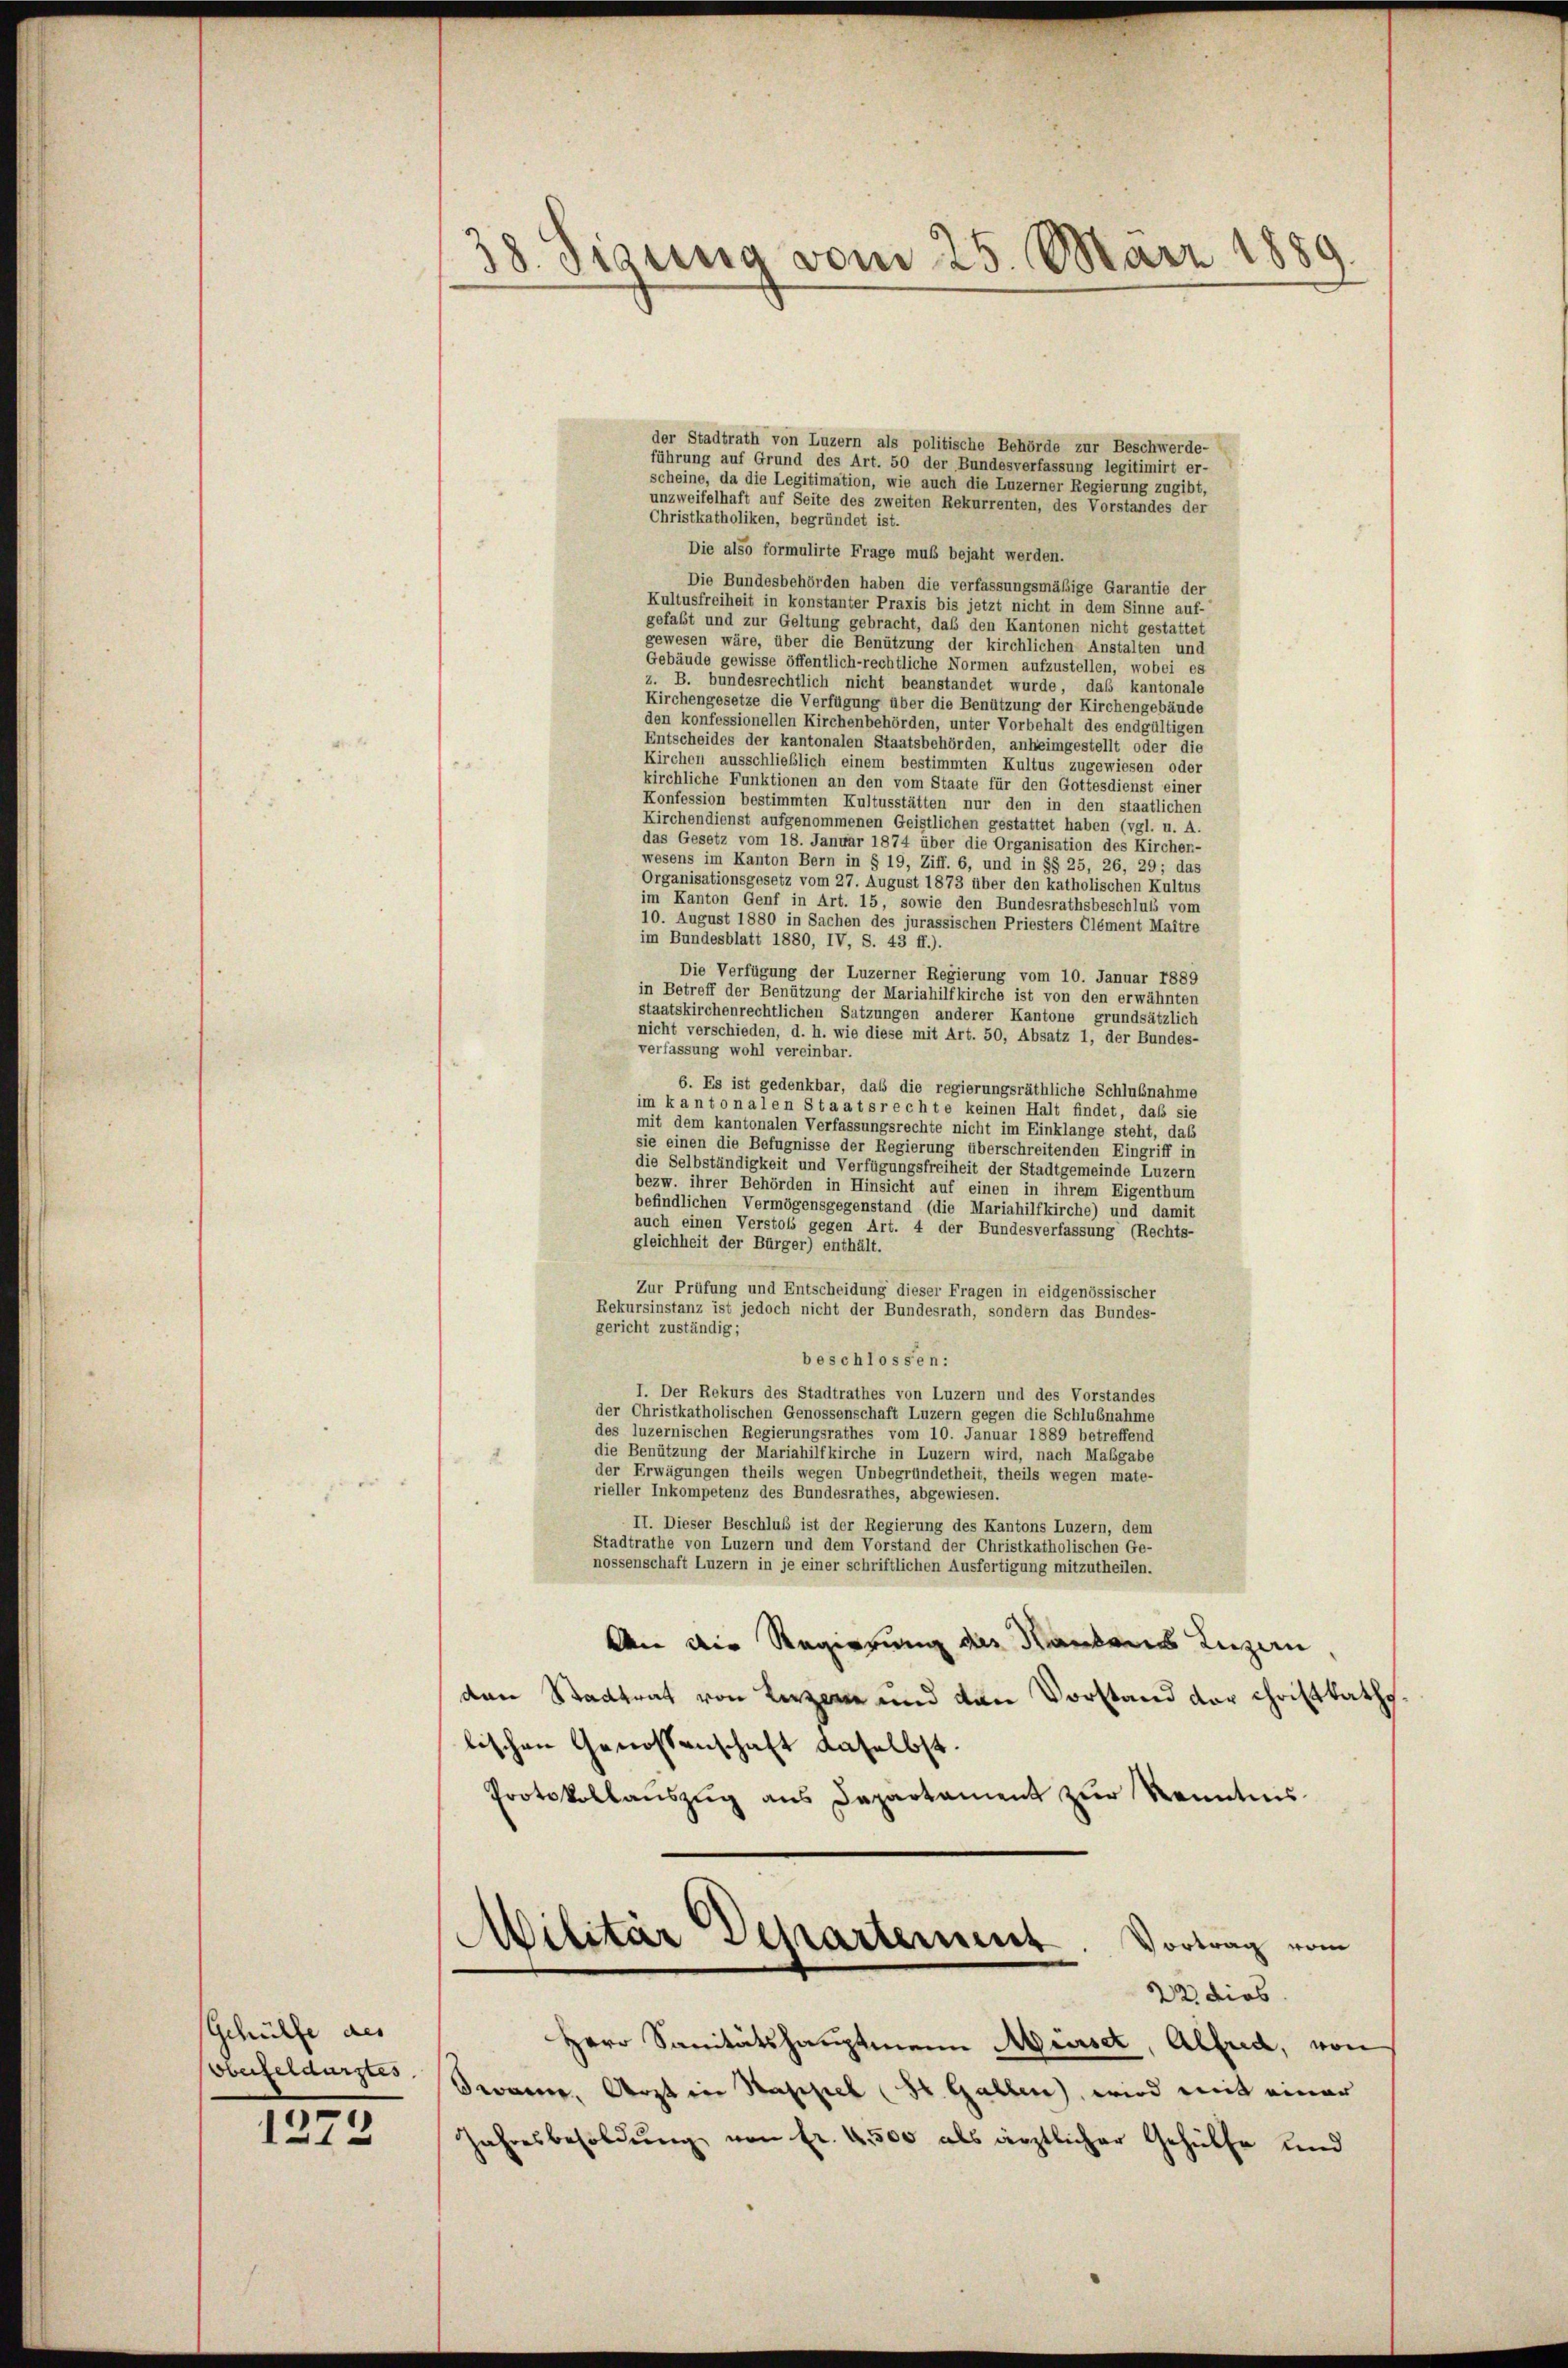
Schütte des
oberfeldarstes

1272

38. Sigung vom 25. März 1889

der Stadtrath von Luzern als politische Behörde zur Beschwerde-
führung auf Grund des Art. 50 der Bundesverfassung legitimirt er-
scheine, da die Legitimation, wie auch die Luzerner Regierung zugibt,
unzweifelhaft auf Seite des zweiten Rekurrenten, des Vorstandes der
Christkatholiken, begründet ist.
Die also formulirte Frage muß bejaht werden.
Die Bundesbehörden haben die verfassungsmäßige Garantie der
Kultusfreiheit in konstanter Praxis bis jetzt nicht in dem Sinne auf-
gefaßt und zur Geltung gebracht, daß den Kantonen nicht gestattet
gewesen wäre, über die Benützung der kirchlichen Anstalten und
Gebäude gewisse öffentlich-rechtliche Normen aufzustellen, wobei es
z. B. bundesrechtlich nicht beanstandet wurde, das kantonale
Kirchengesetze die Verfügung über die Benützung der Kirchengebäude
den konfessionellen Kirchenbehörden, unter Vorbehalt des endgültigen
Entscheides der kantonalen Staatsbehörden, anheimgestellt oder die
Kirchen ausschließlich einem bestimmten Kultus zugewiesen oder
kirchliche Funktionen an den vom Staate für den Gottesdienst einer
Konfession bestimmten Kultusstätten nur den in den staatlichen
Kirchendienst aufgenommenen Geistlichen gestattet haben (vgl. u. A.
das Gesetz vom 18. Januar 1874 über die Organisation des Kircher-
wesens im Kanton Bern in § 19, Ziff. 6, und in §§ 25, 26, 29; das
Organisationsgesetz vom 27. August 1873 über den katholischen Kultus
im Kanton Genf in Art. 15, sowie den Bundesrathsbeschluss vom
10. August 1880 in Sachen des jurassischen Priesters Clément Maitre
im Bundesblatt 1880, IV, S. 43 ff.).
Die Verfügung der Luzerner Regierung vom 10. Januar 1889
in Betreff der Benützung der Mariahilfkirche ist von den erwähnten
staatskirchenrechtlichen Satzungen anderer Kantone grundsätzlich
nicht verschieden, d. h. wie diese mit Art. 50, Absatz 1, der Bundes-
verfassung wohl vereinbar.
6. Es ist gedenkbar, daß die regierungsräthliche Schlußnahme
im kantonalen Staatsrechte keinen Halt findet, daß sie
mit dem kantonalen Verfassungsrechte nicht im Einklange steht, das
sie einen die Befugnisse der Regierung überschreitenden Eingriff in
die Selbständigkeit und Verfügungsfreiheit der Stadtgemeinde Luzern
bezw. ihrer Behörden in Hinsicht auf einen in ihrem Eigenthum
befindlichen Vermögensgegenstand (die Mariahilfkirche) und damit
auch einen Verstols gegen Art. 4 der Bundesverfassung (Rechts-
gleichheit der Bürger) enthält.
Zur Prüfung und Entscheidung dieser Fragen in eidgenössischer
Rekursinstanz ist jedoch nicht der Bundesrath, sondern das Bundes-
gericht zuständig;
beschlossen:
I. Der Rekurs des Stadtrathes von Luzern und des Vorstandes
der Christkatholischen Genossenschaft Luzern gegen die Schlubnahme
des luzernischen Regierungsrathes vom 10. Januar 1889 betreffend
die Benützung der Mariahilfkirche in Luzern wird, nach Mabgabe
der Erwägungen theils wegen Unbegründetheit, theils wegen mate-
rieller Inkompetenz des Bundesrathes, abgewiesen.
II. Dieser Beschluß ist der Regierung des Kantons Luzern, dem
Stadtrathe von Luzern und dem Vorstand der Christkatholischen Ge-
nossenschaft Luzern in je einer schriftlichen Ausfertigung mitzutheilen.
An die Regierung des Rankens Luzern
den Stadtrat von Kerzen und von Vorstand der Christkath.
lischen Genossenschaft daselbst.
Protokollauszug aus Departament zur Kenntnis
Militär Departement. Vortrag vom
22 dies
Herr Sanitätshauptmann Merset, Alfred, von
warne, Arzt in Wassel (St. Gallen, wird mit einer
Jahresbesoldŭng von Fr. 4500 als ärztlicher Gehülfe und